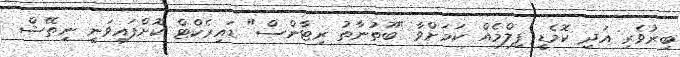
ބިރުވެރި އަދި ކޮމެޑީ ފިލްމެއް ކަމަށްވާ "ބޫތުނާތު ރިޓާންސް" ޑައިރެކްޓް ކޮށްފައިވަނީ ނިތޭޝް